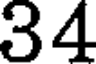
34